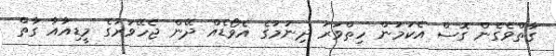
ގާތްވެގެން ގޮސް އެކަމުން ހިތްވަރު ދިނުމުގެ އެވޯޑެއް ދޭން ޖެހޭވަރުގެ މީޑިއާއާ ގާތް